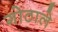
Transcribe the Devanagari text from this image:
गोठाले